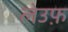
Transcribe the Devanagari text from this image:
लेउफ़